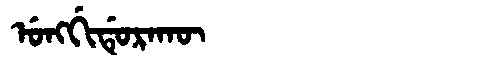
Manchu: ᡠᠩᡤᡳᡩᡠᡵᠠᡴᡡ
Romanization: UNGGIDURAKŪ